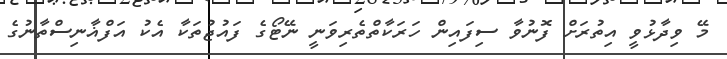
މޭ ވިދާޅުވީ އިތުރަށް ފޮނުވާ ސިފައިން ހަރަކާތްތެރިވަނީ ނޭޓޯގެ ފައުޖުތަކާ އެކު އަފްޣާނިސްތާނުގެ